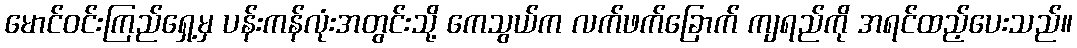
မောင်ဝင်းကြည်ရှေ့မှ ပန်းကန်လုံးအတွင်းသို့ ကေသွယ်က လက်ဖက်ခြောက် ကျရည်ကို အရင်ထည့်ပေးသည်။